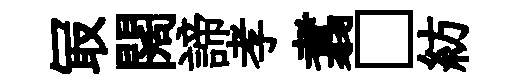
冣闊諦孝翥□紡